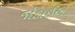
જોડાઈએ